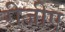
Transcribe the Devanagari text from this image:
रीजीए